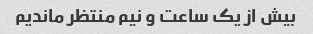
بیش از یک ساعت و نیم منتظر ماندیم